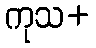
ကုသ+